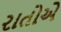
રાતોએ